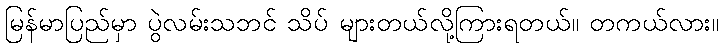
မြန်မာပြည်မှာ ပွဲလမ်းသဘင် သိပ် များတယ်လို့ကြားရတယ်။ တကယ်လား။